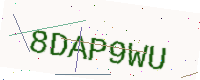
Text: 8DAP9WU